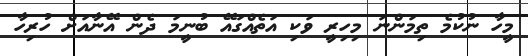
މީހާ ނުކުމެ ތިމަންނަ މިހިރީ ވަކި އަތެއްގައޭ ބުނީމަ ދެން އޭނާއަށް ހުރިހާ